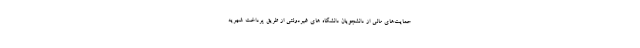
حمایت‌های مالی از دانشجویان دانشگاه های غیردولتی از طریق پرداخت شهریه